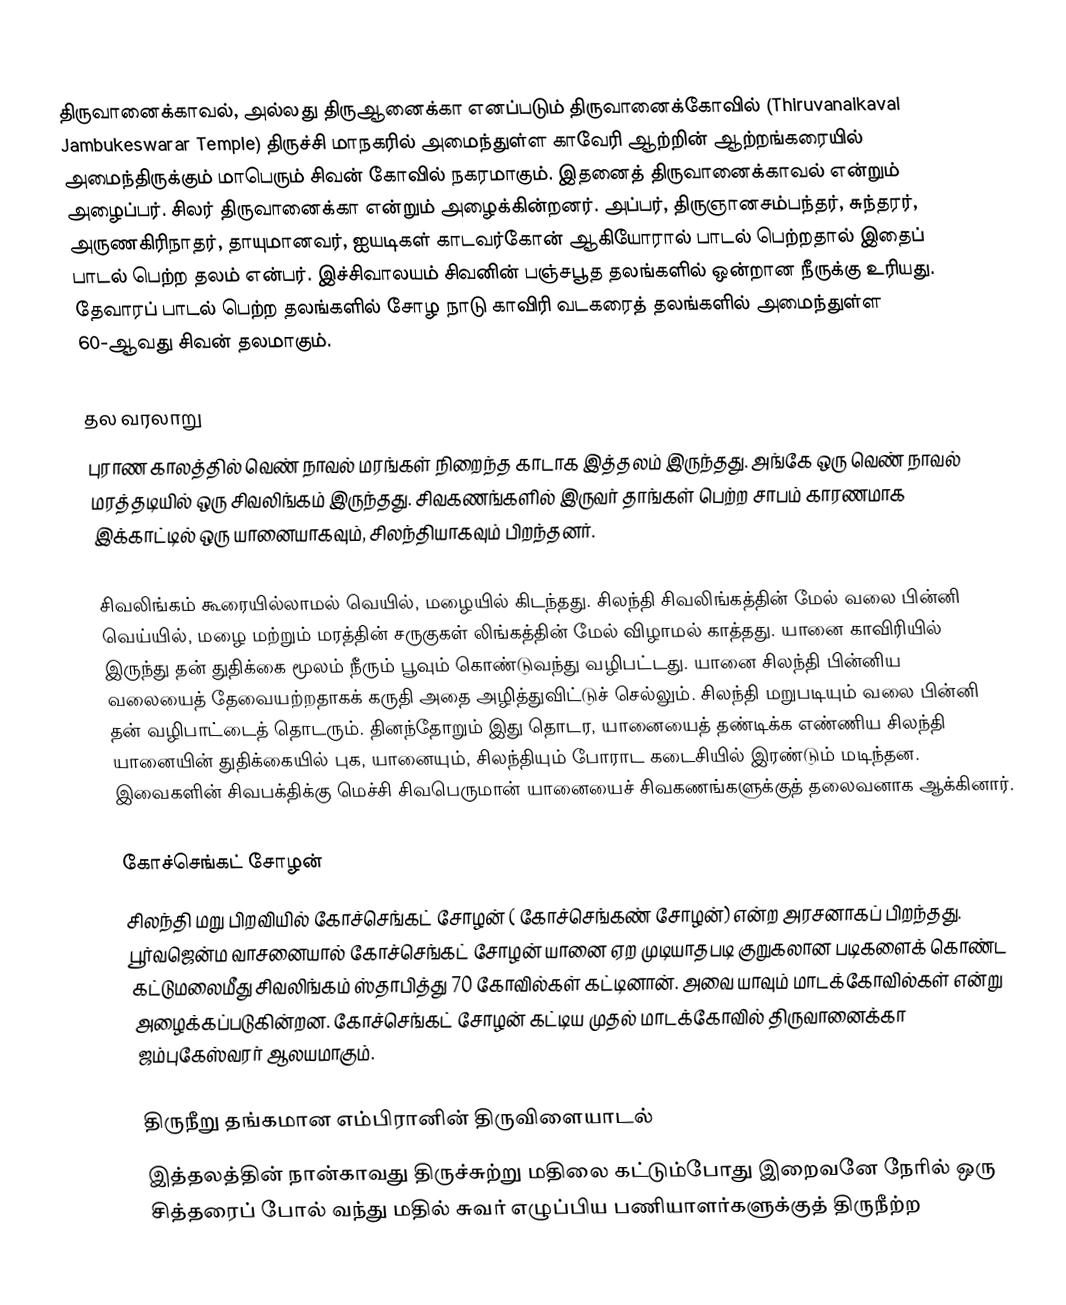
திருவானைக்காவல், அல்லது திருஆனைக்கா எனப்படும் திருவானைக்கோவில் (Thiruvanaikaval Jambukeswarar Temple) திருச்சி மாநகரில் அமைந்துள்ள காவேரி ஆற்றின் ஆற்றங்கரையில் அமைந்திருக்கும் மாபெரும் சிவன் கோவில் நகரமாகும். இதனைத் திருவானைக்காவல் என்றும் அழைப்பர். சிலர் திருவானைக்கா என்றும் அழைக்கின்றனர்.  அப்பர், திருஞானசம்பந்தர், சுந்தரர், அருணகிரிநாதர், தாயுமானவர், ஐயடிகள் காடவர்கோன் ஆகியோரால் பாடல் பெற்றதால் இதைப் பாடல் பெற்ற தலம் என்பர். இச்சிவாலயம் சிவனின் பஞ்சபூத தலங்களில் ஒன்றான நீருக்கு உரியது. தேவாரப் பாடல் பெற்ற தலங்களில் சோழ நாடு  காவிரி வடகரைத் தலங்களில் அமைந்துள்ள 60-ஆவது சிவன் தலமாகும்.

தல வரலாறு
புராண காலத்தில் வெண் நாவல் மரங்கள் நிறைந்த காடாக இத்தலம் இருந்தது. அங்கே ஒரு வெண் நாவல் மரத்தடியில் ஒரு சிவலிங்கம் இருந்தது. சிவகணங்களில் இருவர் தாங்கள் பெற்ற சாபம் காரணமாக இக்காட்டில் ஒரு யானையாகவும், சிலந்தியாகவும் பிறந்தனர்.

சிவலிங்கம் கூரையில்லாமல் வெயில், மழையில் கிடந்தது. சிலந்தி சிவலிங்கத்தின் மேல் வலை பின்னி வெய்யில், மழை மற்றும் மரத்தின் சருகுகள் லிங்கத்தின் மேல் விழாமல் காத்தது. யானை காவிரியில் இருந்து தன் துதிக்கை மூலம் நீரும் பூவும் கொண்டுவந்து வழிபட்டது. யானை சிலந்தி பின்னிய வலையைத் தேவையற்றதாகக் கருதி அதை அழித்துவிட்டுச் செல்லும். சிலந்தி மறுபடியும் வலை பின்னி தன் வழிபாட்டைத் தொடரும். தினந்தோறும் இது தொடர, யானையைத் தண்டிக்க எண்ணிய சிலந்தி யானையின் துதிக்கையில் புக, யானையும், சிலந்தியும் போராட கடைசியில் இரண்டும் மடிந்தன. இவைகளின் சிவபக்திக்கு மெச்சி சிவபெருமான் யானையைச் சிவகணங்களுக்குத் தலைவனாக ஆக்கினார்.

கோச்செங்கட் சோழன்
சிலந்தி மறு பிறவியில் கோச்செங்கட் சோழன் ( கோச்செங்கண் சோழன்) என்ற அரசனாகப் பிறந்தது. பூர்வஜென்ம வாசனையால் கோச்செங்கட் சோழன் யானை ஏற முடியாதபடி குறுகலான படிகளைக் கொண்ட கட்டுமலைமீது சிவலிங்கம் ஸ்தாபித்து 70 கோவில்கள் கட்டினான். அவை யாவும் மாடக்கோவில்கள் என்று அழைக்கப்படுகின்றன. கோச்செங்கட் சோழன் கட்டிய முதல் மாடக்கோவில் திருவானைக்கா ஜம்புகேஸ்வரர் ஆலயமாகும்.

திருநீறு தங்கமான எம்பிரானின் திருவிளையாடல்
இத்தலத்தின் நான்காவது திருச்சுற்று மதிலை கட்டும்போது இறைவனே நேரில் ஒரு சித்தரைப் போல் வந்து மதில் சுவர் எழுப்பிய பணியாளர்களுக்குத் திருநீற்ற